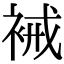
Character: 裓